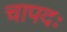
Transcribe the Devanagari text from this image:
चापदः